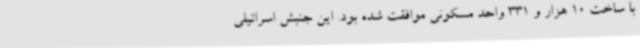
با ساخت 10 هزار و 331 واحد مسکونی موافقت شده بود. این جنبش اسرائیلی